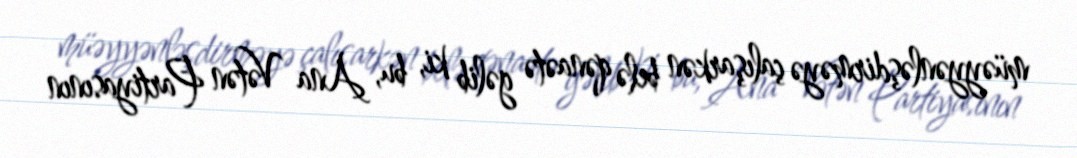
müəyyənləşdirməyə çalışarkən belə qənaətə gəlib ki, bu, Ana Vətən Partiyasının